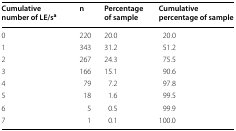
<table><thead><tr><td><b>Cumulative number of LE/s<sup>a</sup></b></td><td><b>n</b></td><td><b>Percentage of sample</b></td><td><b>Cumulative percentage of sample</b></td></tr></thead><tbody><tr><td>0</td><td>220</td><td>20.0</td><td>20.0</td></tr><tr><td>1</td><td>343</td><td>31.2</td><td>51.2</td></tr><tr><td>2</td><td>267</td><td>24.3</td><td>75.5</td></tr><tr><td>3</td><td>166</td><td>15.1</td><td>90.6</td></tr><tr><td>4</td><td>79</td><td>7.2</td><td>97.8</td></tr><tr><td>5</td><td>18</td><td>1.6</td><td>99.5</td></tr><tr><td>6</td><td>5</td><td>0.5</td><td>99.9</td></tr><tr><td>7</td><td>1</td><td>0.1</td><td>100.0</td></tr></tbody></table>